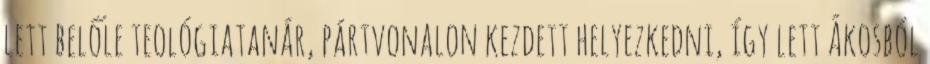
lett belőle teológiatanár, pártvonalon kezdett helyezkedni, így lett Ákosból